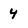
Character: 4